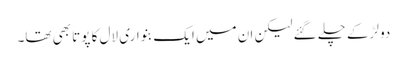
دو لڑکے چلے گئے لیکن ان میں ایک بنواری لال کا پوتا بھی تھا۔